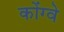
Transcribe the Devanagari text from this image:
कोंग्वे